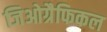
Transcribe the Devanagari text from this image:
जिओग्रैफिकल